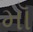
મૉ